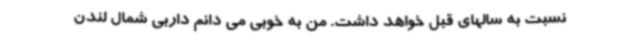
نسبت به سالهای قبل خواهد داشت. من به خوبی می دانم داربی شمال لندن